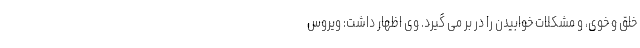
خلق و خوی، و مشکلات خوابیدن را در بر می گیرد. وی اظهار داشت: ویروس